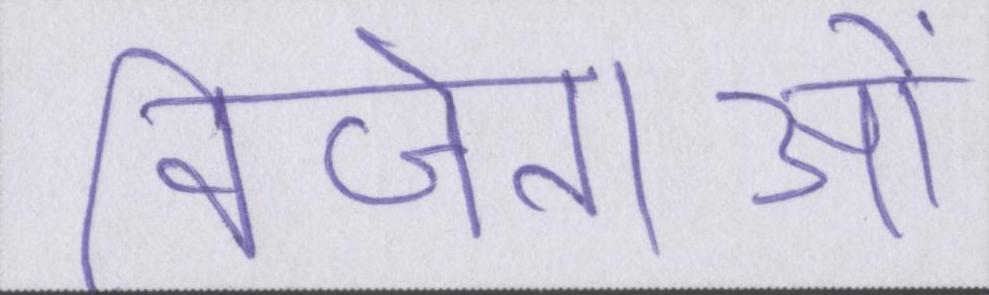
विजेताओं